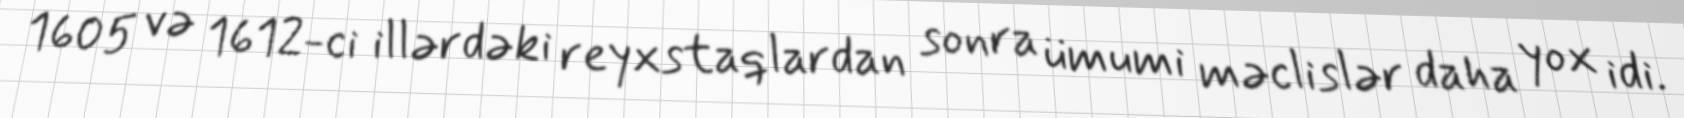
1605 və 1612-ci illərdəki reyxstaqlardan sonra ümumi məclislər daha yox idi.